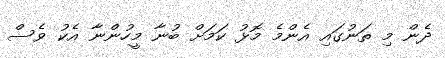
ދެން މި ތަނުގައި އެންމެ މޮޅު ކަމަށް ބުނާ މީހުންނާ އެކު ވެސް